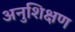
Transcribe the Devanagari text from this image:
अनुशिक्षण